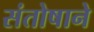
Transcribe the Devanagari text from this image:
संतोषाने